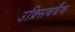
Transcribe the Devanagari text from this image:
उक्र्सिबबैंक